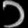
Digit: ၁